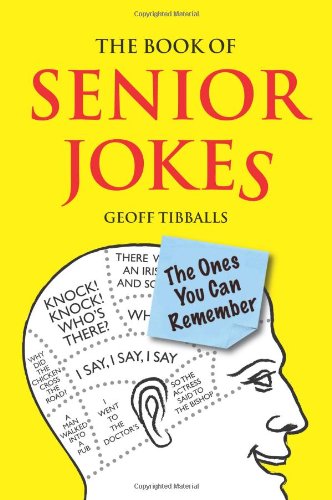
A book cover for The Book of Senior Jokes: The Ones You Can Remember; Geoff Tibballs; Humor & Entertainment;